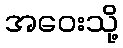
အဝေးသို့